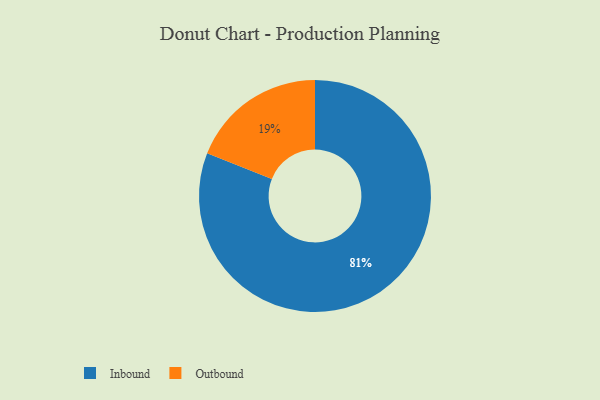
{"axis": {"x": "Category", "y": "Percentage"}, "legend": ["Inbound", "Outbound"], "data": [{"x": "Inbound", "y": 81, "type": "Inbound"}, {"x": "Outbound", "y": 19, "type": "Outbound"}]}